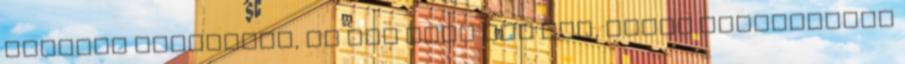
belépés szükséges, ha nem vagy még tag, akkor regisztrálj